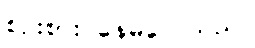
စဉ်းစား နေမိလေသည်။